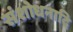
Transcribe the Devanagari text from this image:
संशोधनादि